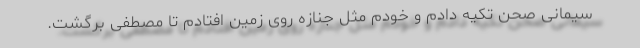
سیمانی صحن تکیه دادم و خودم مثل جنازه روی زمین افتادم تا مصطفی برگشت.